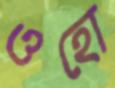
ওহো